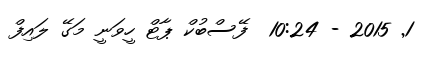
1